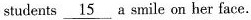
students. \underline{15} a smile on her face.